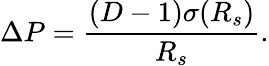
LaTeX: \Delta P=\frac{(D-1)\sigma(R_{s})}{R_{s}}.